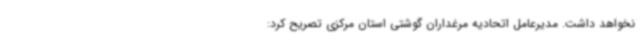
نخواهد داشت. مدیرعامل اتحادیه مرغداران گوشتی استان مرکزی تصریح کرد: